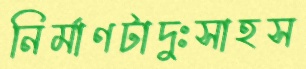
নির্মাণটাদুঃসাহস